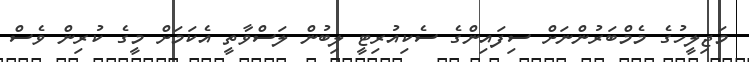
މަޖިލީހުގެ މެމްބަރުންނަށް ސިފައިންގެ ސެކިއުރިޓީ ލިބުން ލަސްވާތީ އެކަމަށް މީގެ ކުރިން ވެސް